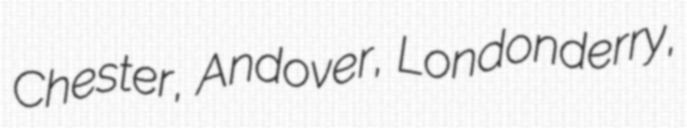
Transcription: Chester, Andover, Londonderry,